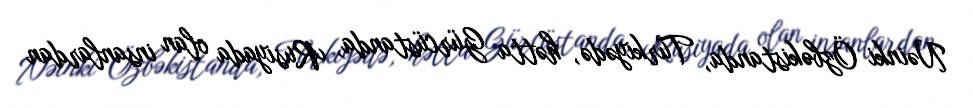
Nəinki Özbəkistanda, Türkiyədə, hətta Gürcüstanda, Rusiyada olan insanlardan